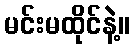
မင်းမထိုင်နဲ့။